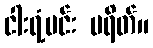
ငါးရံ့မင်း ပရိတ်။